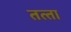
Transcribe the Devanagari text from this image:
तत्‍ता